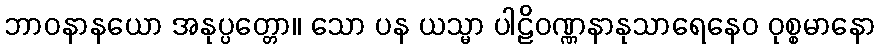
ဘာဝနာနယော အနုပ္ပတ္တော။ သော ပန ယသ္မာ ပါဠိဝဏ္ဏနာနုသာရေနေဝ ဝုစ္စမာနော